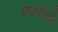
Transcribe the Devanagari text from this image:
यमामोतो